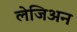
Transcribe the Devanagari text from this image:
लेजिअन